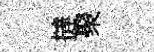
撻聚